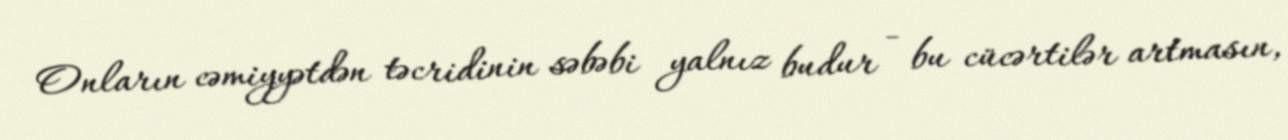
Onların cəmiyyətdən təcridinin səbəbi yalnız budur - bu cücərtilər artmasın,